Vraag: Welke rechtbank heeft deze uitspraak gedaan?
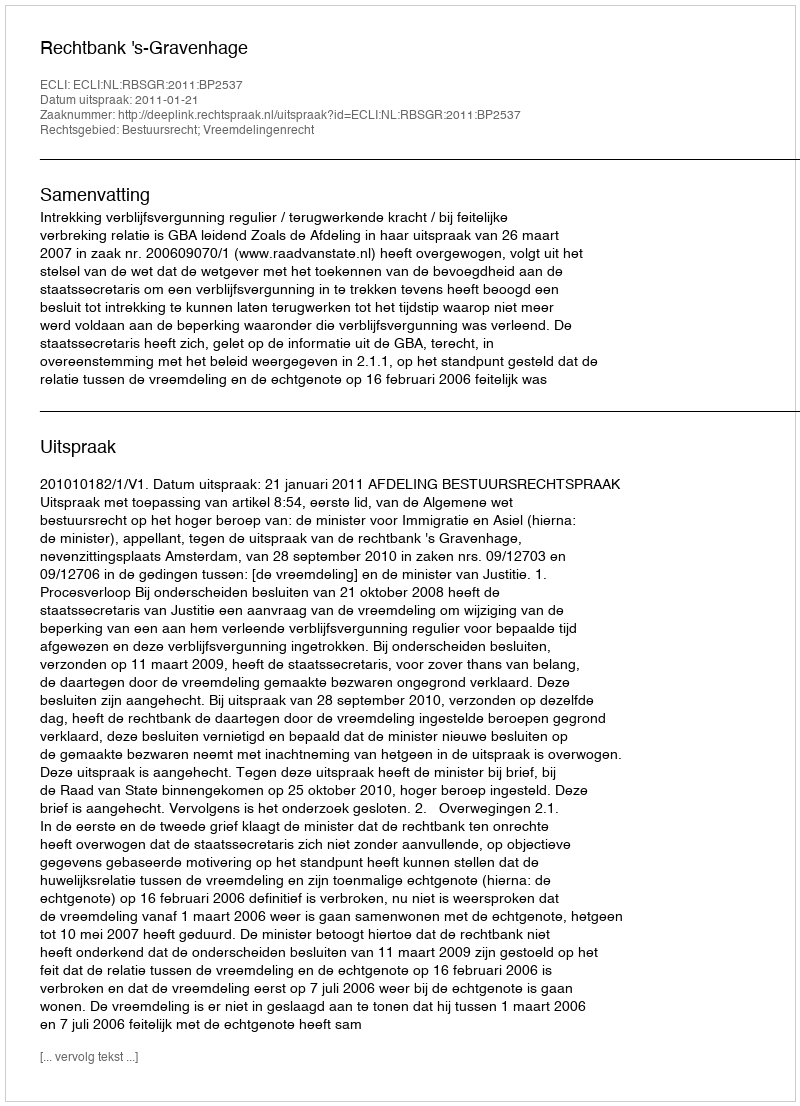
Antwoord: Rechtbank 's-Gravenhage